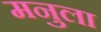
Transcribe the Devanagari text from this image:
मनुला